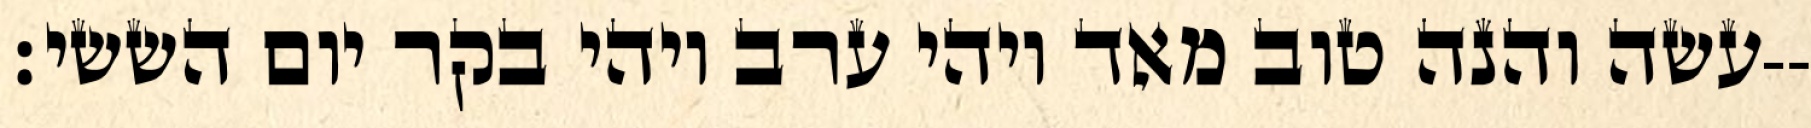
עשה והנה טוב מאד ויהי ערב ויהי בקר יום הששי׃--